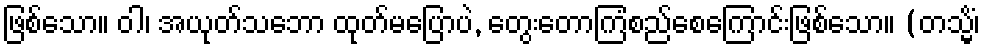
ဖြစ်သော။ ဝါ၊ အယုတ်သဘော ထုတ်မပြောပဲ, တွေးတောကြံစည်စေကြောင်းဖြစ်သော။ (တသ္မိံ၊